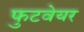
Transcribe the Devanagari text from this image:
फुटवेयर